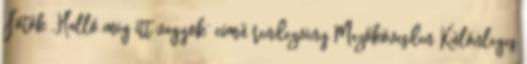
Fotók „Halló még itt vagyok” című rendezvény Mezőkövesden Különleges